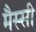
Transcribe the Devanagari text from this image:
मैस्सी